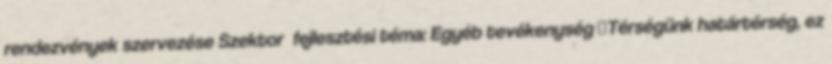
rendezvények szervezése Szektor fejlesztési téma: Egyéb tevékenység ▪Térségünk határtérség, ez